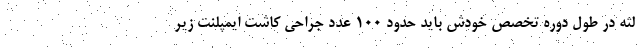
لثه در طول دوره تخصص خودش باید حدود 100 عدد جراحی کاشت ایمپلنت زیر